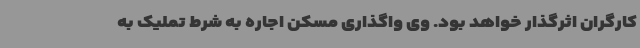
کارگران اثرگذار خواهد بود. وی واگذاری مسکن اجاره به شرط تملیک به